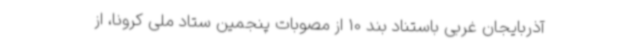
آذربایجان غربی باستناد بند 10 از مصوبات پنجمین ستاد ملی کرونا، از